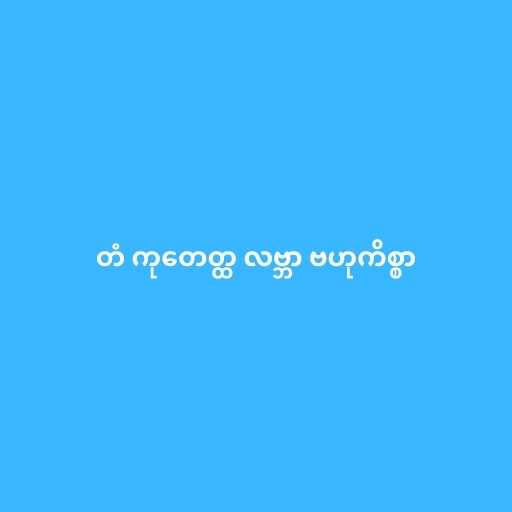
တံ ကုတေတ္ထ လဗ္ဘာ ဗဟုကိစ္စာ